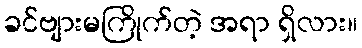
ခင်ဗျားမကြိုက်တဲ့ အရာ ရှိလား။